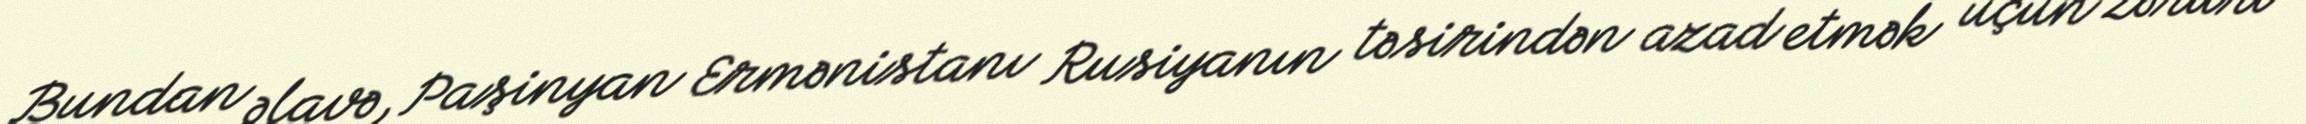
Bundan əlavə, Paşinyan Ermənistanı Rusiyanın təsirindən azad etmək üçün zəruri